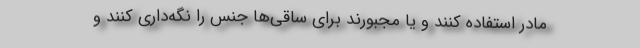
مادر استفاده کنند و یا مجبورند برای ساقی‌ها جنس را نگه‌داری کنند و